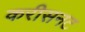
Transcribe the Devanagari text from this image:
करीसनट